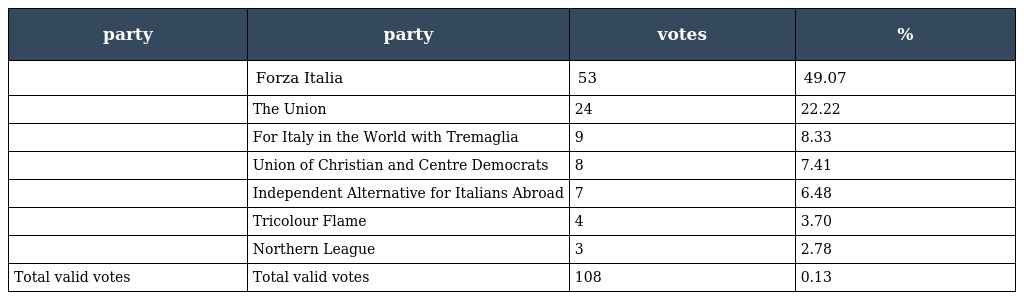
| party | party | votes | % |
 | --- | --- | --- | --- |
 |  | Forza Italia | 53 | 49.07 |
 |  | The Union | 24 | 22.22 |
 |  | For Italy in the World with Tremaglia | 9 | 8.33 |
 |  | Union of Christian and Centre Democrats | 8 | 7.41 |
 |  | Independent Alternative for Italians Abroad | 7 | 6.48 |
 |  | Tricolour Flame | 4 | 3.70 |
 |  | Northern League | 3 | 2.78 |
 | Total valid votes | Total valid votes | 108 | 0.13 |